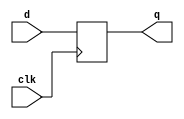
`timescale 1ns / 1ps

module D_FF(q,d,clk);
input d,clk;
output reg q;

always @(posedge clk)
q<=d;

endmodule